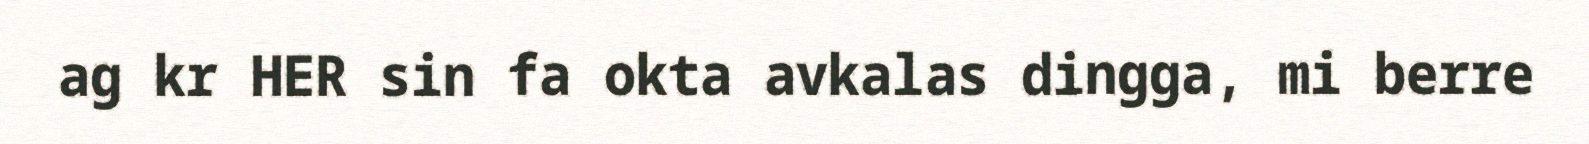
ag kr HER sin fa okta avkalas dingga, mi berre